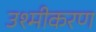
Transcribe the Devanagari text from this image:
उश्मीकरण